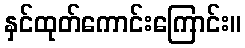
နှင်ထုတ်ကောင်းကြောင်း။